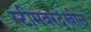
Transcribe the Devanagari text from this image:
स्टीमवरदेखील